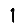
Digit: 1